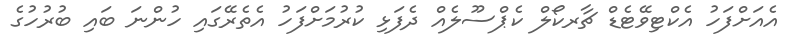
އެއަށްފަހު އެކްޓިވޭޓެޑް ޗާރކޯލް ކެޕްސޫލެއް ދެފަޅި ކުރުމަށްފަހު އެތެރޭގައި ހުންނަ ބައި ބުރުހުގެ